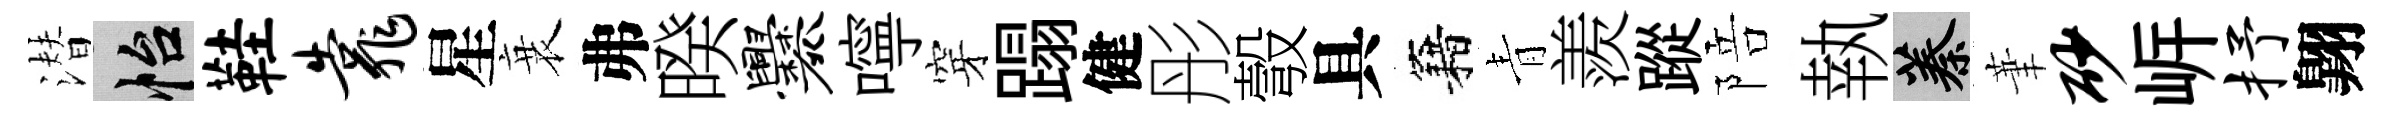
潜怡鞋靠星衰弗暌爨嚀穿蹋健彤彀具籍青羨蹤陪執蓁茟砂㟁抒翺